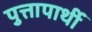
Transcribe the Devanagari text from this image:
पुत्तापार्थी